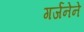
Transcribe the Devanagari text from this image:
गर्जनेने